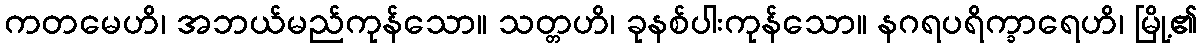
ကတမေဟိ၊ အဘယ်မည်ကုန်သော။ သတ္တဟိ၊ ခုနစ်ပါးကုန်သော။ နဂရပရိက္ခာရေဟိ၊ မြို့၏